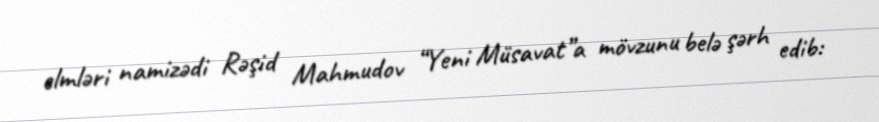
elmləri namizədi Rəşid Mahmudov “Yeni Müsavat”a mövzunu belə şərh edib: